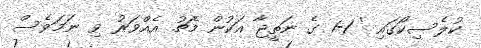
ކުލެސިކޯގައި ' 1-1 ގެ ނަތީޖާ އަކުން މެޗު އެއްވަރު ވި ނަމަވެސް